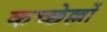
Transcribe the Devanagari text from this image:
कच्छेल्लों